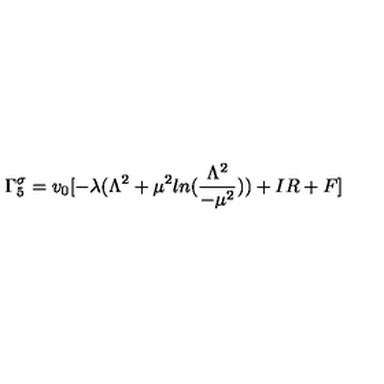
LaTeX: \Gamma _ { 5 } ^ { \sigma } = v _ { 0 } [ - \lambda ( \Lambda ^ { 2 } + \mu ^ { 2 } l n ( \frac { \Lambda ^ { 2 } } { - \mu ^ { 2 } } ) ) + I R + F ]